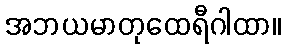
အဘယမာတုထေရီဂါထာ။